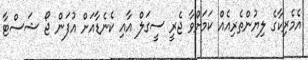
އެމެރިކާގެ ލިޔުންތެރިއެއް ކަމަށްވާ ޖެރީ ސީގަލް އާއި ކެނެޑާއަށް އުފަން ޖޯ ޝަސްޓާ